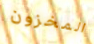
المخزون